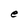
Character: e